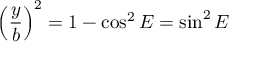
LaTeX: \left( { \frac { y } { b } } \right) ^ { 2 } = 1 - \cos ^ { 2 } E = \sin ^ { 2 } E